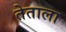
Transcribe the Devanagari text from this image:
तेताला